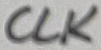
Text: CLK